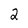
Character: 2